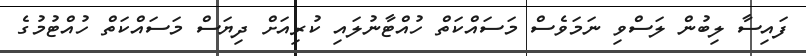
ފައިސާ ލިބުން ލަސްވި ނަމަވެސް މަސައްކަތް ހުއްޓާނުލައި ކުރިއަށް ދިޔަސް މަސައްކަތް ހުއްޓުމުގެ